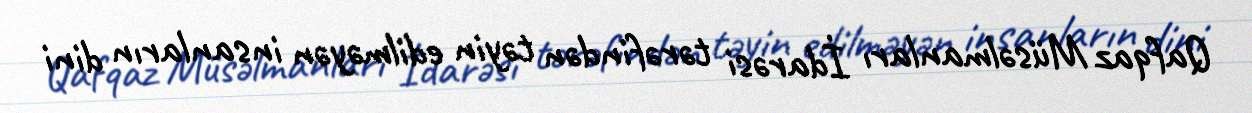
Qafqaz Müsəlmanları İdarəsi tərəfindən təyin edilməyən insanların dini